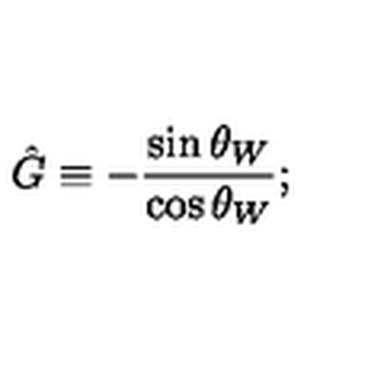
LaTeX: \hat { G } \equiv - \frac { \sin \theta _ { W } } { \cos \theta _ { W } } ;